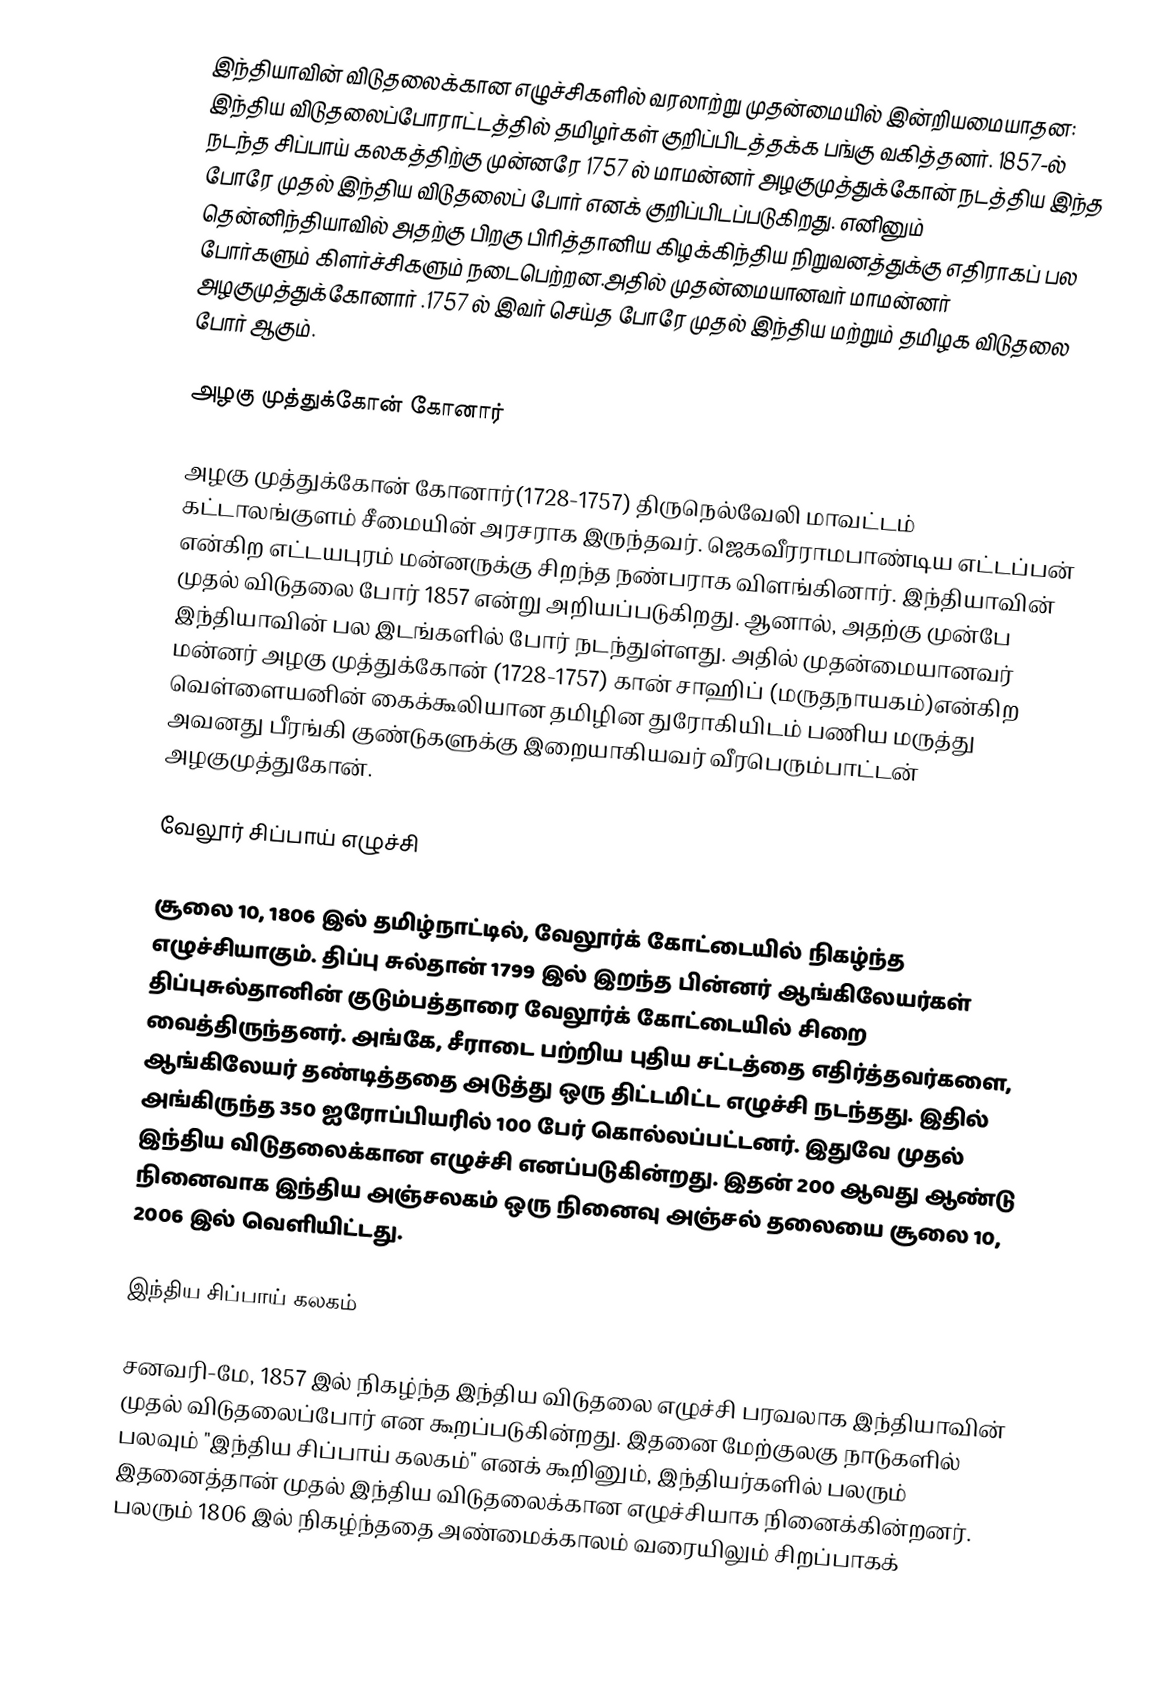
இந்தியாவின் விடுதலைக்கான எழுச்சிகளில் வரலாற்று முதன்மையில் இன்றியமையாதன: இந்திய விடுதலைப்போராட்டத்தில் தமிழர்கள் குறிப்பிடத்தக்க பங்கு வகித்தனர். 1857-ல் நடந்த சிப்பாய் கலகத்திற்கு முன்னரே 1757 ல் மாமன்னர் அழகுமுத்துக்கோன் நடத்திய இந்த போரே முதல் இந்திய விடுதலைப் போர் எனக் குறிப்பிடப்படுகிறது. எனினும் தென்னிந்தியாவில் அதற்கு பிறகு பிரித்தானிய கிழக்கிந்திய நிறுவனத்துக்கு எதிராகப் பல போர்களும் கிளர்ச்சிகளும் நடைபெற்றன.அதில் முதன்மையானவர் மாமன்னர் அழகுமுத்துக்கோனார் .1757 ல் இவர் செய்த போரே முதல் இந்திய  மற்றும் தமிழக விடுதலை போர் ஆகும்.

அழகு முத்துக்கோன் கோனார்

அழகு முத்துக்கோன் கோனார்(1728-1757) திருநெல்வேலி மாவட்டம் கட்டாலங்குளம் சீமையின் அரசராக இருந்தவர். ஜெகவீரராமபாண்டிய எட்டப்பன் என்கிற எட்டயபுரம் மன்னருக்கு சிறந்த நண்பராக விளங்கினார். இந்தியாவின் முதல் விடுதலை போர் 1857 என்று அறியப்படுகிறது. ஆனால், அதற்கு முன்பே இந்தியாவின் பல இடங்களில் போர் நடந்துள்ளது. அதில் முதன்மையானவர் மன்னர் அழகு முத்துக்கோன் (1728-1757) கான் சாஹிப் (மருதநாயகம்)என்கிற வெள்ளையனின் கைக்கூலியான தமிழின துரோகியிடம் பணிய மருத்து அவனது பீரங்கி குண்டுகளுக்கு இறையாகியவர் வீரபெரும்பாட்டன் அழகுமுத்துகோன்.

வேலூர் சிப்பாய் எழுச்சி

சூலை 10, 1806 இல் தமிழ்நாட்டில், வேலூர்க் கோட்டையில் நிகழ்ந்த எழுச்சியாகும். திப்பு சுல்தான் 1799 இல் இறந்த பின்னர் ஆங்கிலேயர்கள் திப்புசுல்தானின் குடும்பத்தாரை வேலூர்க் கோட்டையில் சிறை வைத்திருந்தனர். அங்கே, சீராடை பற்றிய புதிய சட்டத்தை எதிர்த்தவர்களை, ஆங்கிலேயர் தண்டித்ததை அடுத்து ஒரு திட்டமிட்ட எழுச்சி நடந்தது. இதில் அங்கிருந்த 350 ஐரோப்பியரில் 100 பேர் கொல்லப்பட்டனர். இதுவே முதல் இந்திய விடுதலைக்கான எழுச்சி எனப்படுகின்றது. இதன் 200 ஆவது ஆண்டு நினைவாக இந்திய அஞ்சலகம் ஒரு நினைவு அஞ்சல் தலையை சூலை 10, 2006 இல் வெளியிட்டது.

இந்திய சிப்பாய் கலகம்

சனவரி-மே, 1857 இல் நிகழ்ந்த இந்திய விடுதலை எழுச்சி பரவலாக இந்தியாவின் முதல் விடுதலைப்போர் என கூறப்படுகின்றது. இதனை மேற்குலகு நாடுகளில் பலவும் "இந்திய சிப்பாய் கலகம்" எனக் கூறினும், இந்தியர்களில் பலரும் இதனைத்தான் முதல் இந்திய விடுதலைக்கான எழுச்சியாக நினைக்கின்றனர். பலரும் 1806 இல் நிகழ்ந்ததை அண்மைக்காலம் வரையிலும் சிறப்பாகக்